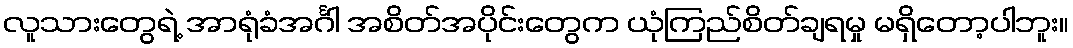
လူသားတွေရဲ့ အာရုံခံအင်္ဂါ အစိတ်အပိုင်းတွေက ယုံကြည်စိတ်ချရမှု မရှိတော့ပါဘူး။